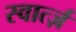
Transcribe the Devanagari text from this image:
स्वार्त्ज़